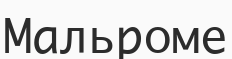
Мальроме